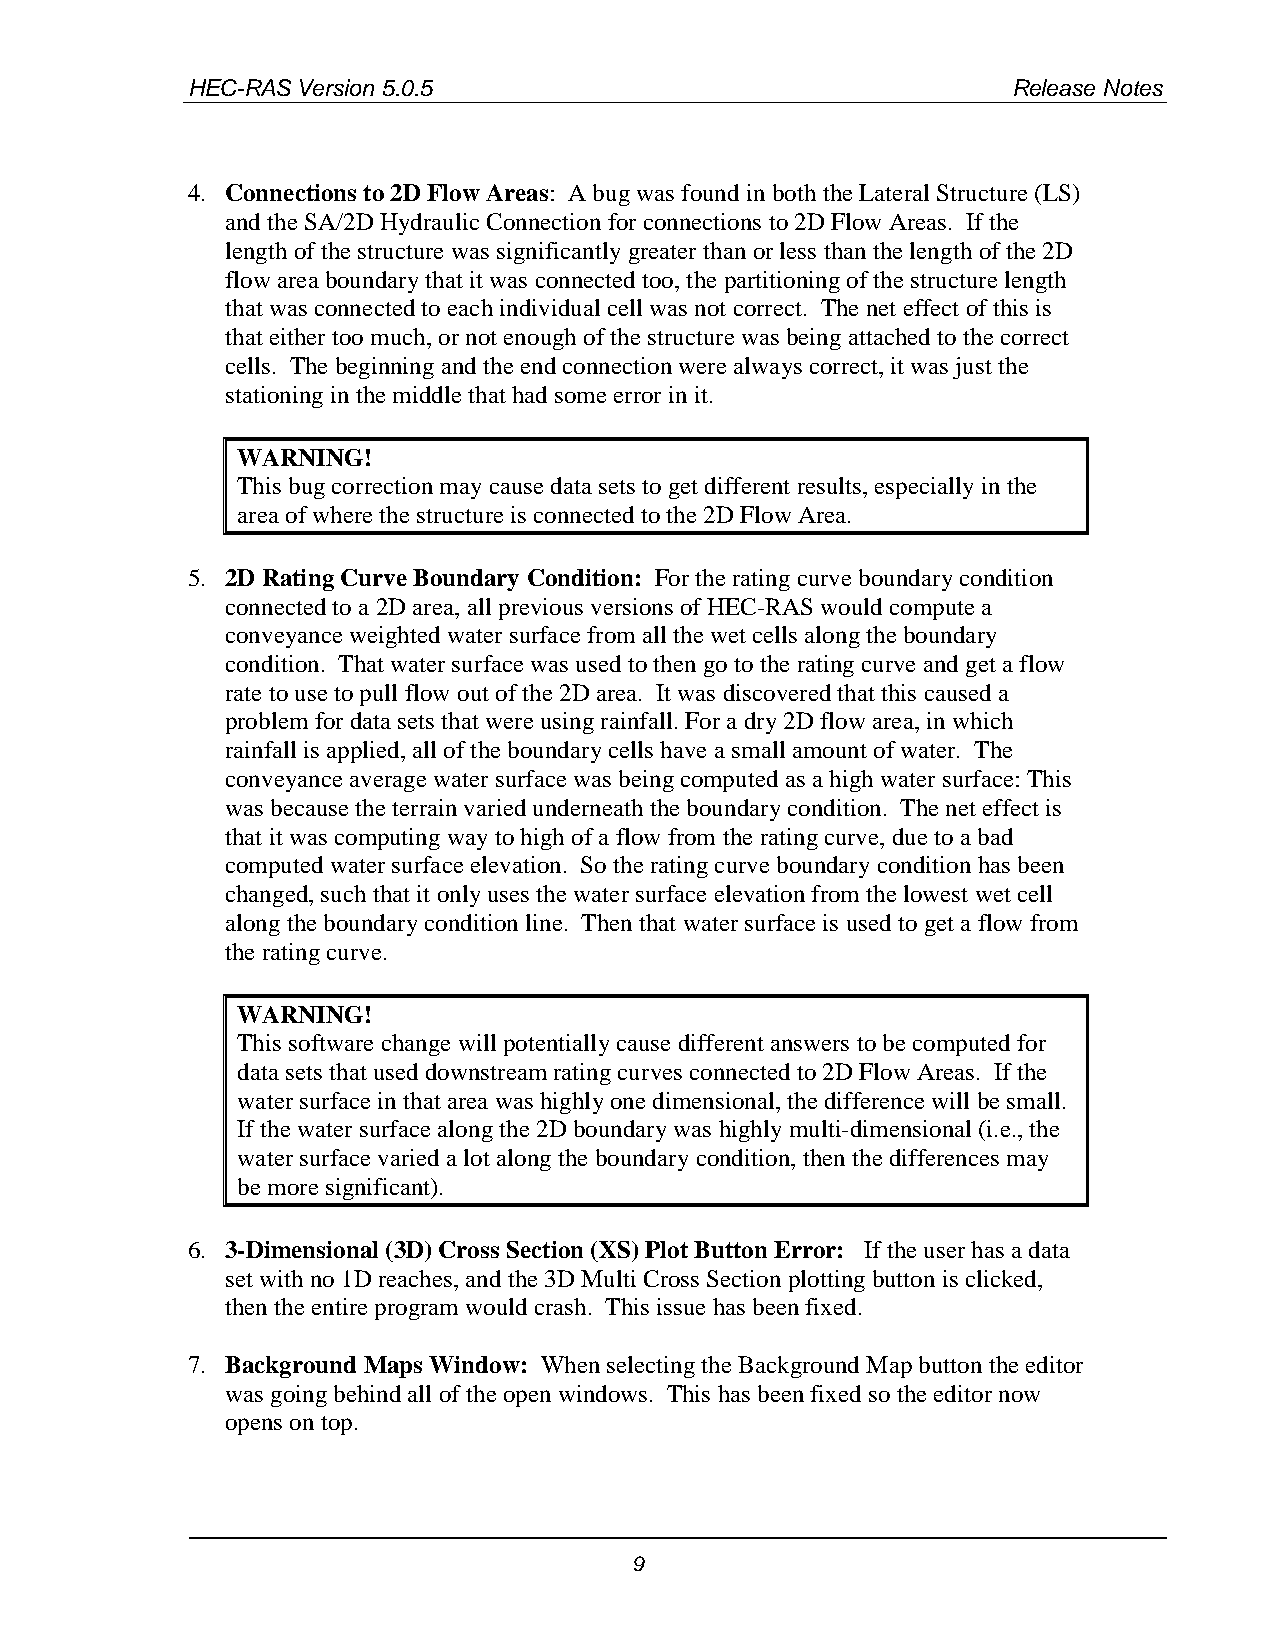
HEC-RAS Version 5.0.5                                  Release Notes
 4. Connections to 2D Flow Areas: A bug was found in both the Lateral Structure (LS)
 and the SA/2D Hydraulic Connection for connections to 2D Flow Areas. If the
 length of the structure was significantly greater than or less than the length of the 2D
 flow area boundary that it was connected too, the partitioning of the structure length
 that was connected to each individual cell was not correct. The net effect of this is
 that either too much, or not enough of the structure was being attached to the correct
 cells. The beginning and the end connection were always correct, it was just the
 stationing in the middle that had some error in it.
 WARNING!
 This bug correction may cause data sets to get different results, especially in the
 area of where the structure is connected to the 2D Flow Area.
 5. 2D Rating Curve Boundary Condition: For the rating curve boundary condition
 connected to a 2D area, all previous versions of HEC-RAS would compute a
 conveyance weighted water surface from all the wet cells along the boundary
 condition. That water surface was used to then go to the rating curve and get a flow
 rate to use to pull flow out of the 2D area. It was discovered that this caused a
 problem for data sets that were using rainfall. For a dry 2D flow area, in which
 rainfall is applied, all of the boundary cells have a small amount of water. The
 conveyance average water surface was being computed as a high water surface: This
 was because the terrain varied underneath the boundary condition. The net effect is
 that it was computing way to high of a flow from the rating curve, due to a bad
 computed water surface elevation. So the rating curve boundary condition has been
 changed, such that it only uses the water surface elevation from the lowest wet cell
 along the boundary condition line. Then that water surface is used to get a flow from
 the rating curve.
 WARNING!
 This software change will potentially cause different answers to be computed for
 data sets that used downstream rating curves connected to 2D Flow Areas. If the
 water surface in that area was highly one dimensional, the difference will be small.
 If the water surface along the 2D boundary was highly multi-dimensional (i.e., the
 water surface varied a lot along the boundary condition, then the differences may
 be more significant).
 6. 3-Dimensional (3D) Cross Section (XS) Plot Button Error: If the user has a data
 set with no 1D reaches, and the 3D Multi Cross Section plotting button is clicked,
 then the entire program would crash. This issue has been fixed.
 7. Background Maps Window: When selecting the Background Map button the editor
 was going behind all of the open windows. This has been fixed so the editor now
 opens on top.
 9